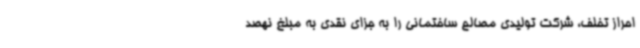
احراز تخلف، شرکت تولیدی مصالح ساختمانی را به جزای نقدی به مبلغ نهصد